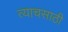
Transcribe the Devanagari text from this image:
त्याचसाठी